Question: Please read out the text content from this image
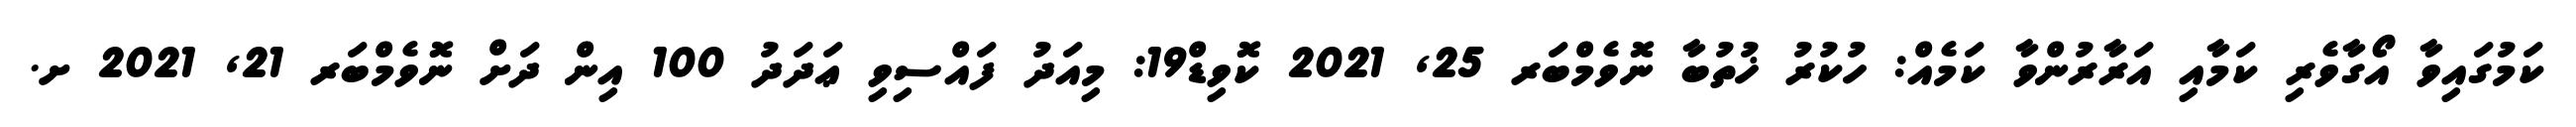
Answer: ކަމުގައިވާ އޯގާވެރި ކަމާއި އަރާރުންވާ ކަމެއް: ހުކުރު ޚުތުބާ ނޮވެމްބަރ 25, 2021 ކޮވިޑް19: މިއަދު ފައްސިވި ޢަދަދު 100 އިން ދަށް ނޮވެމްބަރ 21, 2021 ށ.